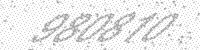
Solution: 980810